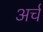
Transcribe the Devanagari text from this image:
अर्च